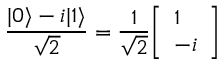
{ \frac { | 0 \rangle - i | 1 \rangle } { \sqrt { 2 } } } = { \frac { 1 } { \sqrt { 2 } } } { \left[ \begin{array} { l } { 1 } \\ { - i } \end{array} \right] }